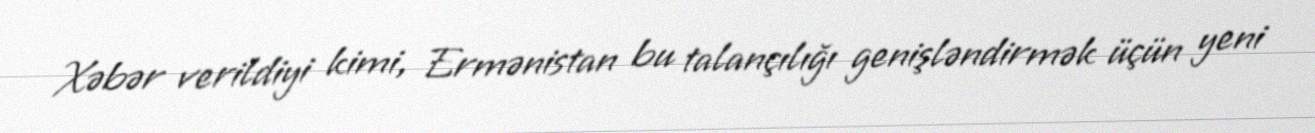
Xəbər verildiyi kimi, Ermənistan bu talançılığı genişləndirmək üçün yeni